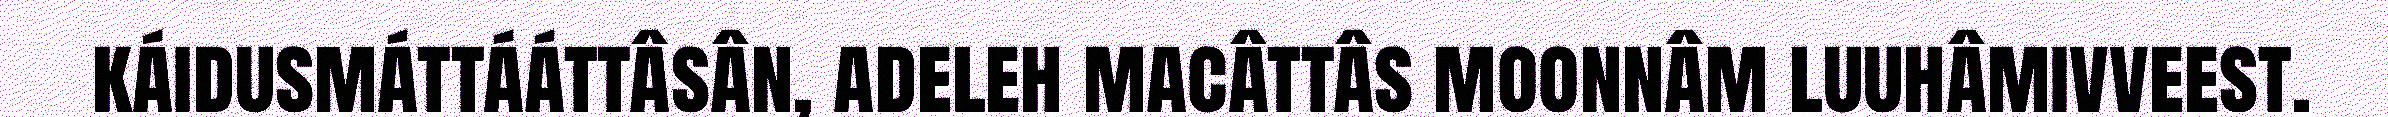
káidusmáttááttâsân, adeleh macâttâs moonnâm luuhâmivveest.